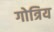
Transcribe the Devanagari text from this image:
गोत्रिय